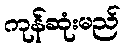
ကုန်ဆုံးမည်